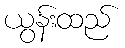
ယွန်းထည်